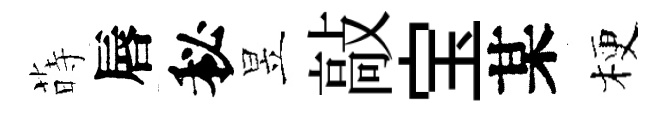
蒔唇秘昱敲宝某梗